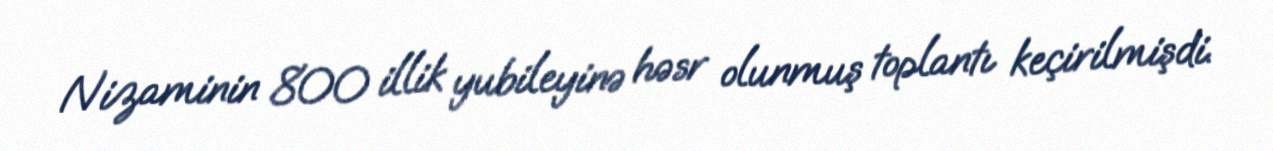
Nizaminin 800 illik yubileyinə həsr olunmuş toplantı keçirilmişdi.